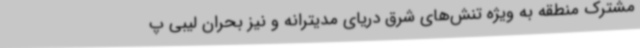
مشترک منطقه به ویژه تنش‌های شرق دریای مدیترانه و نیز بحران لیبی پ